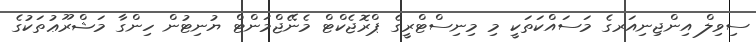
ސިވިލް އިންޖިނިއަރގެ މަސައްކަތަކީ މި މިނިސްޓްރީގެ ޕްރޮޖެކްޓް މެނޭޖްމަންޓް ޔުނިޓުން ހިންގާ މަޝްރޫޢުތަކުގެ